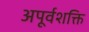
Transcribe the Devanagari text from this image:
अपूर्वशक्ति